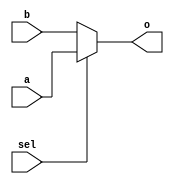
module mux2to1_32(
	input wire [31:0] a,
	input wire [31:0] b,
	input wire        sel,
	output wire [31:0] o
);
	assign o = sel ? a : b;
		
endmodule